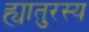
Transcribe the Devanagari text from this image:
ह्यातुरस्य